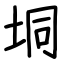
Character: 垌